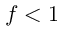
f < 1